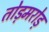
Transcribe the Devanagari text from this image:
तोड़मरोड़